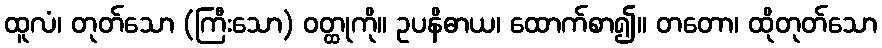
ထူလံ၊ တုတ်သော (ကြီးသော) ဝတ္ထုကို။ ဥပနိဓာယ၊ ထောက်စာ၍။ တတော၊ ထိုတုတ်သော